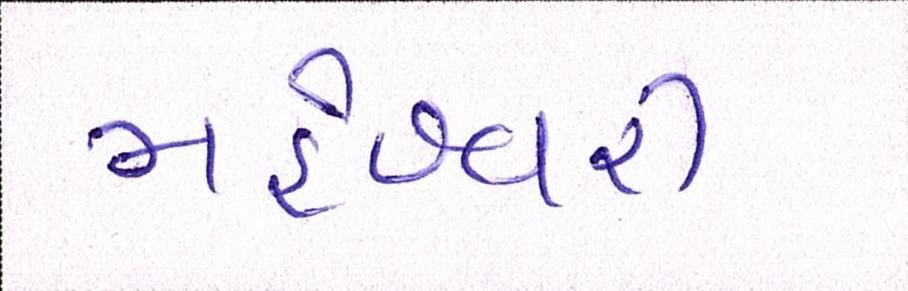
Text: મહેશ્વરી